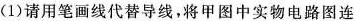
(1)请用笔画线代替导线，将甲图中实物电路图连